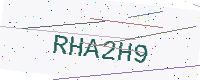
Text: RHA2H9